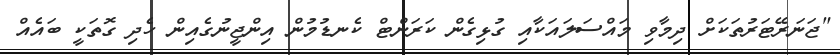
"ޖަނަރޭޓަރުތަކަށް ދިމާވި މައްސަލައަކާއި ގުޅިގެން ކަރަންޓް ކެނޑުމުން އިންޖީނުގެއިން ހެދި ގޮތަކީ ބައެއް